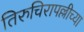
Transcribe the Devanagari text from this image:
तिरुचिरापल्लीच्या